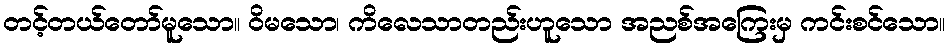
တင့်တယ်တော်မူသော။ ဝိမသော၊ ကိလေသာတည်းဟူသော အညစ်အကြေးမှ ကင်းစင်သော။